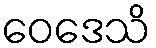
ဝေဒေသိ